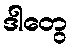
ဒါတွေ